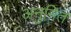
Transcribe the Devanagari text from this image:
अनुनित